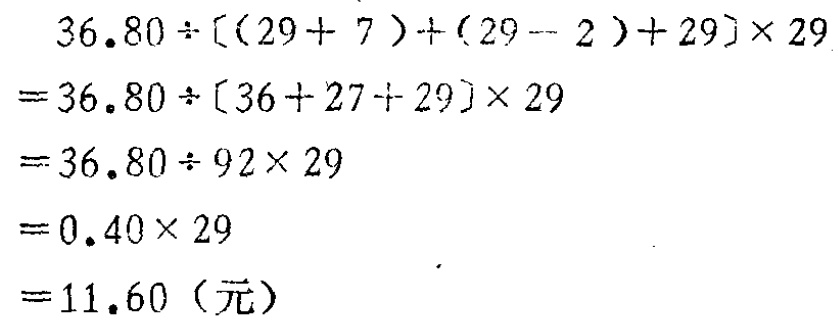
\[
\begin{align*}
&36.80\div[(29 + 7)+(29 - 2)+29]\times29\\
=&36.80\div[36 + 27+29]\times29\\
=&36.80\div92\times29\\
=&0.40\times29\\
=&11.60（元）
\end{align*}
\]